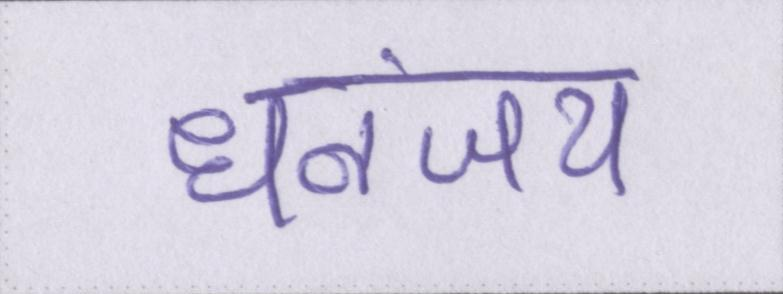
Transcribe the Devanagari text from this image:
धनंजय